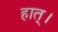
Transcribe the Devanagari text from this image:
हात्।